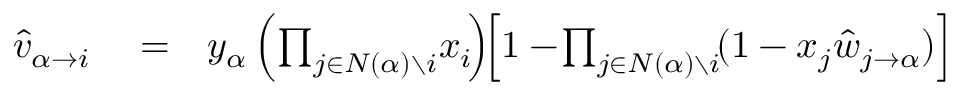
\begin{array} { r l r } { \! \! \! \! \! \! \hat { v } _ { \alpha \to i } } & { { } = } & { y _ { \alpha } \left( \prod _ { j \in N ( \alpha ) \setminus i } \! x _ { i } \! \right) \! \! \left[ 1 - \! \prod _ { j \in N ( \alpha ) \setminus i } \! ( 1 - x _ { j } \hat { w } _ { j \rightarrow \alpha } ) \right] } \end{array}